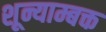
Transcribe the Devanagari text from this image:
शून्याम्बक्त